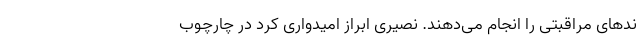
ند‌های مراقبتی را انجام می‌دهند. نصیری ابراز امیدواری کرد در چارچوب